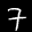
Digit: 7